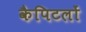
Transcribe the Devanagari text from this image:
कैपिटलों